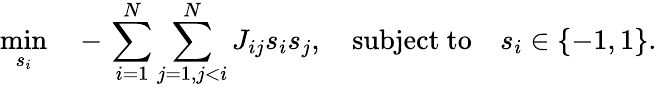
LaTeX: \operatorname*{min}_{s_{i}}\quad-\, \sum_{i=1}^{N}\sum_{j=1,j<i}^{N}J_{ij}s_{i}s_{j},\quad\mathrm{subject}\ \mathrm{to}\quad s_{i}\in\{ -1,1\} .